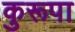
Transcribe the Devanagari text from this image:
कुरूपा